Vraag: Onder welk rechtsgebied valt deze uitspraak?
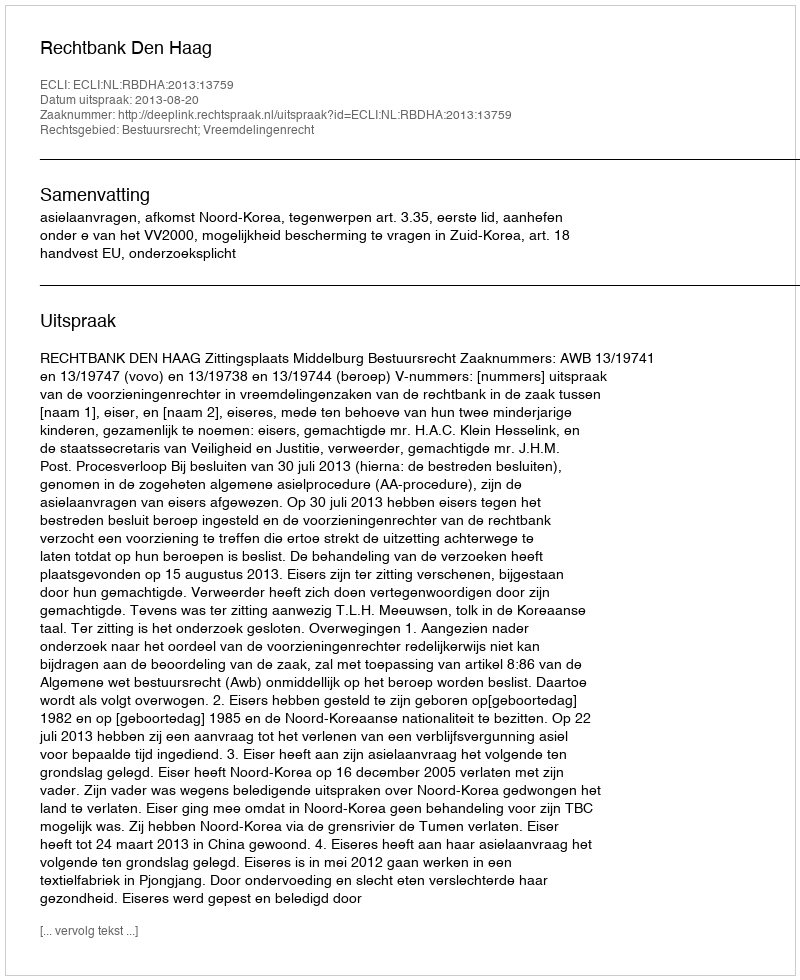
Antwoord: Bestuursrecht; Vreemdelingenrecht